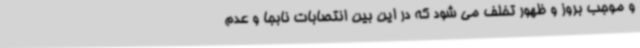
و موجب بروز و ظهور تخلف می شود که در این بین انتصابات نابجا و عدم